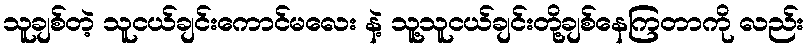
သူချစ်တဲ့ သူငယ်ချင်းကောင်မလေး နဲ့ သူ့သူငယ်ချင်းတို့ချစ်နေကြတာကို လည်း